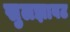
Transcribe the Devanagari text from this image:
सुलझावट